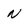
Character: N